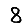
Digit: 8